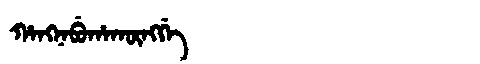
Manchu: ᡥᠠᠩᠨᠠᠪᡠᡥᠠᡴᡡᠩᡤᡝ
Romanization: HANGNABUHAKŪNGGE